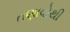
તણાવોથી